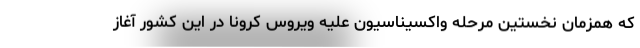
که همزمان نخستین مرحلهٔ واکسیناسیون علیه ویروس کرونا در این کشور آغاز